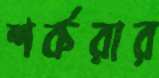
শর্করার